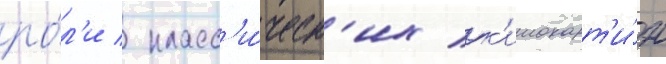
ро́л'и / класс'и́ческ'их к'инокарт'и́н